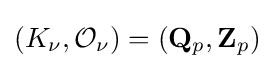
(K_{\nu },{\mathcal {O}}_{\nu })=(\mathbf {Q} _{p},\mathbf {Z} _{p})